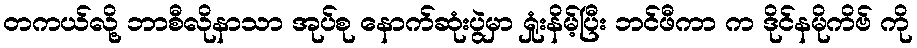
တကယ်လို့ ဘာစီလိုနာသာ အုပ်စု နောက်ဆုံးပွဲမှာ ရှုံးနိမ့်ပြီး ဘင်ဖီကာ က ဒိုင်နမိုကိဗ် ကို